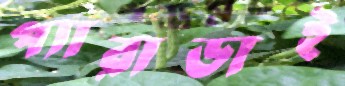
প্যারাডাই